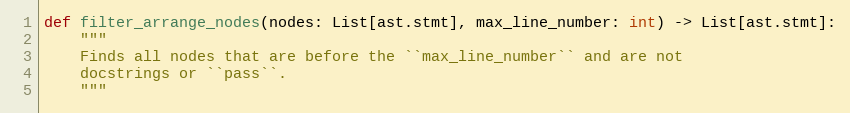
Language: Python
def filter_arrange_nodes(nodes: List[ast.stmt], max_line_number: int) -> List[ast.stmt]:
    """
    Finds all nodes that are before the ``max_line_number`` and are not
    docstrings or ``pass``.
    """